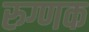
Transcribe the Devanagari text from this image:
रुग्णक